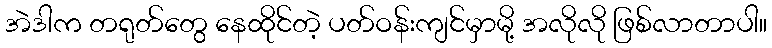
အဲဒါက တရုတ်တွေ နေထိုင်တဲ့ ပတ်ဝန်းကျင်မှာမို့ အလိုလို ဖြစ်လာတာပါ။